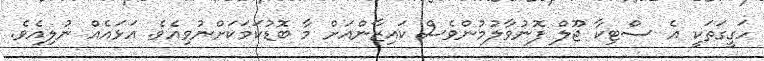
ހަގީގަތަކީ އެ ސްޓިކާ ޖޫލް ފޮނުވާލުމުންވެސް ކައިޒާންއަށް މާ ބޮޑުކަމަކަށްނުވިއެވެ. އަޅައެއް ނުލިއެވެ.